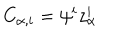
C _ { \alpha , i } = \psi ^ { i } z _ { \alpha } ^ { i }